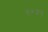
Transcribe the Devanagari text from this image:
९०४९